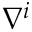
\nabla ^ { i }